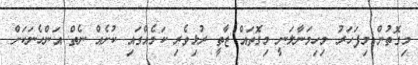
މިގޮތުން މިފަހަރު މިހިމަނާލަނީ މިގޮތައް ޒާތީ ރުޅިވެރި ކަމެއްގައި ކުށެއް ނެތް އަންހެނަކަށް